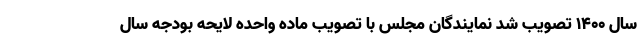
سال ۱۴۰۰ تصویب شد نمایندگان مجلس با تصویب ماده واحده لایحه بودجه سال